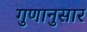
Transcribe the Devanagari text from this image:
गुणानुसार